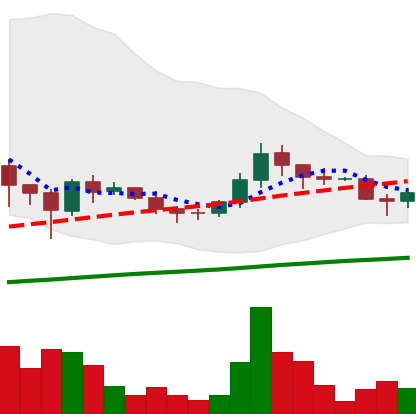
Ticker: DOGE-USD
Chart end date: 2021-06-09
Forward return: -3.276%
Label: down_3_5